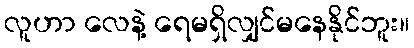
လူဟာ လေနဲ့ ရေမရှိလျှင်မနေနိုင်ဘူး။